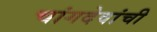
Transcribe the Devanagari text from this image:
चांगदेवांची